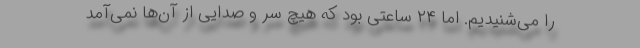
را می‌شنیدیم. اما ۲۴ ساعتی بود که هیچ سر و صدایی از آن‌ها نمی‌آمد